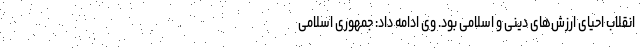
انقلاب احیای ارزش‌های دینی و اسلامی بود. وی ادامه داد: جمهوری اسلامی